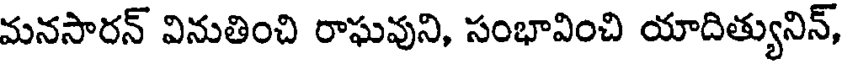
మనసారన్ వినుతించి రాఘవుని, సంభావించి యాదిత్యునిన్,